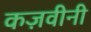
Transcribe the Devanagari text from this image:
कज़वीनी